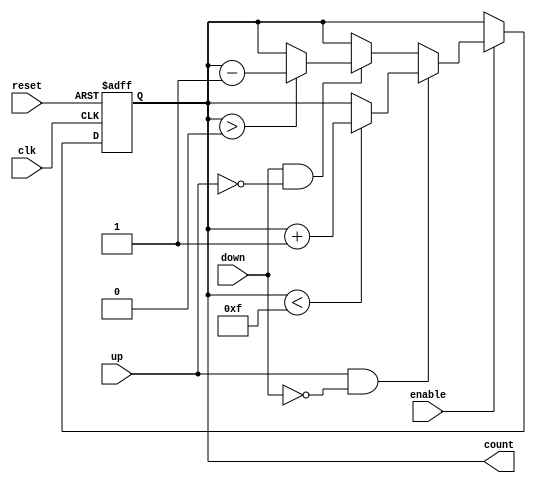
module UpDownCounter (
    input wire clk,          // Clock signal
    input wire reset,        // Asynchronous reset signal
    input wire enable,       // Count enable signal
    input wire up,          // Count up control signal
    input wire down,        // Count down control signal
    output reg [3:0] count   // 4-bit count output
);

    // Define the maximum count value
    localparam MAX_COUNT = 4'b1111; // 15 in decimal
    localparam RESET_VALUE = 4'b0000; // Reset value

    // Asynchronous reset and counting logic
    always @(posedge clk or posedge reset) begin
        if (reset) begin
            count <= RESET_VALUE; // Reset the count to 0
        end else if (enable) begin
            if (up && !down) begin
                // Count up
                if (count < MAX_COUNT) begin
                    count <= count + 1; // Increment count
                end
            end else if (down && !up) begin
                // Count down
                if (count > 0) begin
                    count <= count - 1; // Decrement count
                end
            end
            // If neither up nor down is asserted, retain the current count
        end
    end

endmodule